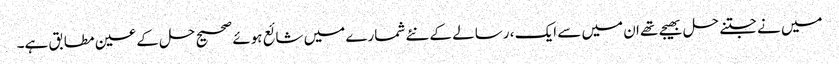
میں نے جتنے حل بھیجے تھے ان میں سے ایک ، رسالے کے نئے شمارے میں شائع ہوئے صحیح حل کے عین مطابق ہے۔